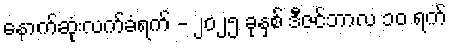
နောက်ဆုံးလက်ခံရက် - ၂၀၂၅ ခုနှစ် ဒီဇင်ဘာလ ၁၀ ရက်